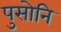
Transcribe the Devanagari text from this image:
पुसोनि